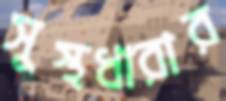
সুস্থধারার